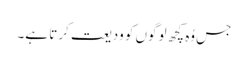
جس وُہ کچھ لوگوں کو ودیعت کرتا ہے۔